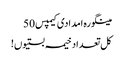
مینگورہ امدادی کیمپس 50
کل تعداد خیمہ بستیوں!